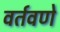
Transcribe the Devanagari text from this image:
वर्तवणे